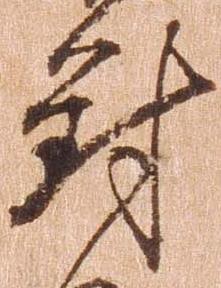
対